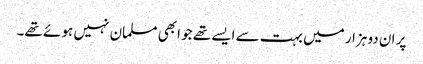
پر ان دو ہزار میں بہت سے ایسے تھے جو ابھی مسلمان نہیں ہو ئے تھے۔